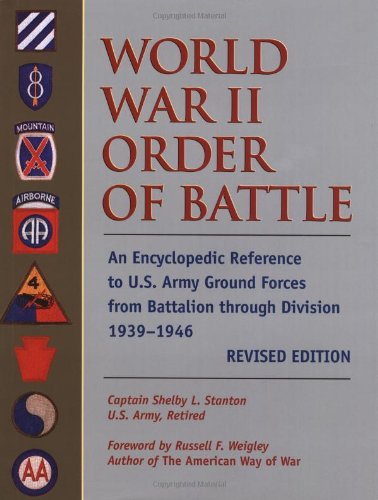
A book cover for World War II Order of Battle: An Encyclopedic Reference to U.S. Army Ground Forces from Battalion through Division, 1939-1946 (REVISED EDITION)  (Stackpole Military Classics); Capt. Shelby L. Stanton; Reference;